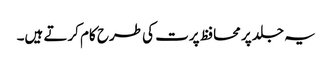
یہ جلد پر محافظ پرت کی طرح کام کرتے ہیں۔